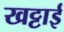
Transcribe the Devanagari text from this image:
खट्टाई